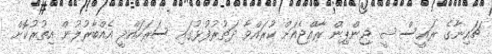
ޗައިނާގެ ރައީސް ޝީ ޖިންޕިން ރާއްޖެއަށް ކުރައްވާ ދަތުރުފުޅުގައި ސަރަހައްދީ އެއްބާރުލުން އިތުރުކޮށް